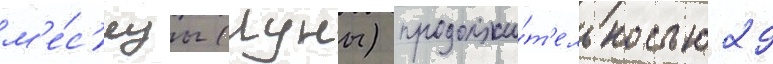
м'е́с'яцы (луны) продолжи́т'ельностью 29